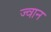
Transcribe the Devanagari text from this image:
ज्वान